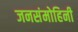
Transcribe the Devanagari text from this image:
जनसंमोहिनी